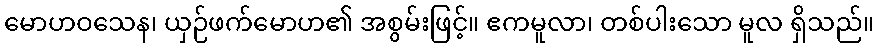
မောဟဝသေန၊ ယှဉ်ဖက်မောဟ၏ အစွမ်းဖြင့်။ ဧကမူလာ၊ တစ်ပါးသော မူလ ရှိသည်။